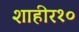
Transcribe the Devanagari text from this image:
शाहीर१०